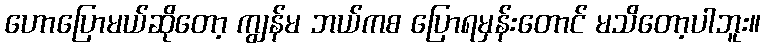
ဟောပြောမယ်ဆိုတော့ ကျွန်မ ဘယ်ကစ ပြောရမှန်းတောင် မသိတော့ပါဘူး။